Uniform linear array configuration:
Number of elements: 24
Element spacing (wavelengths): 0.75
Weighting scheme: exponential
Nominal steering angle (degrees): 30
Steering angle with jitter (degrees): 31.686
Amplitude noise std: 0.05
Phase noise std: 0.05

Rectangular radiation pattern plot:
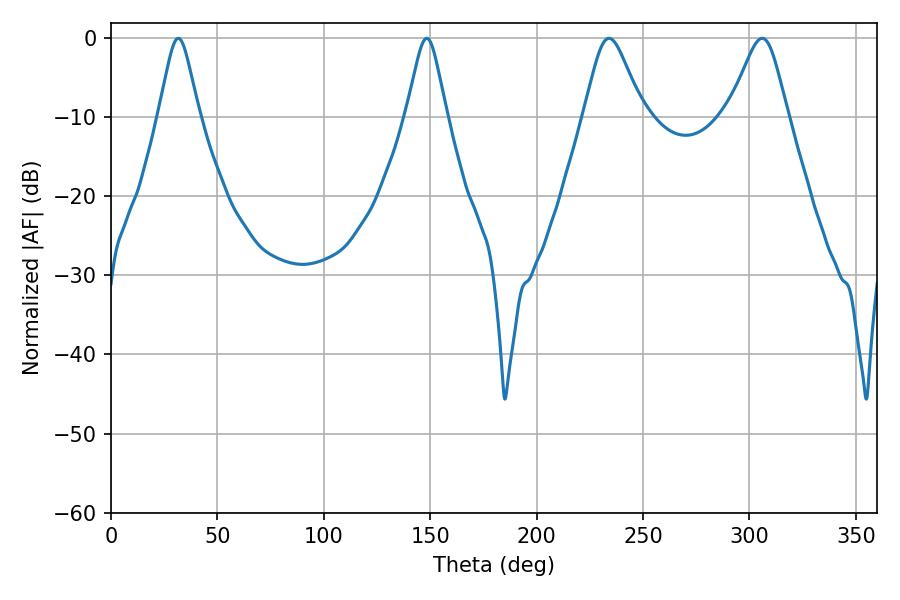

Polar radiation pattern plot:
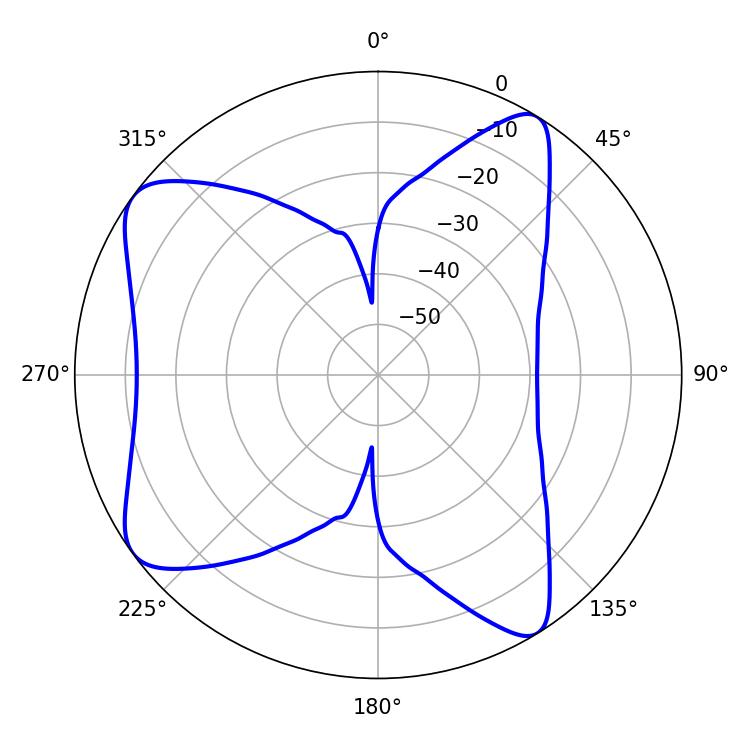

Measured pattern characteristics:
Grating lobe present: TRUE
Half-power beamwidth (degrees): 13.5
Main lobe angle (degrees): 234